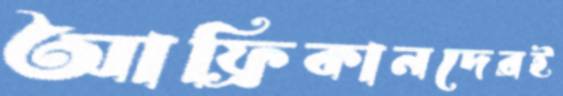
আফ্রিকানদেরই